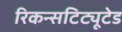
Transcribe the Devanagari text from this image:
रिकन्सटिट्यूटेड